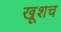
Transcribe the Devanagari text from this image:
खूशच